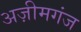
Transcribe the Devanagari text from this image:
अज़ीमगंज